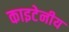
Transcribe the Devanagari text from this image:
काइटेनीय